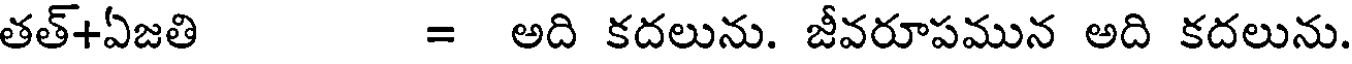
తత్+ఏజతి = అది కదలును. జీవరూపమున అది కదలును.